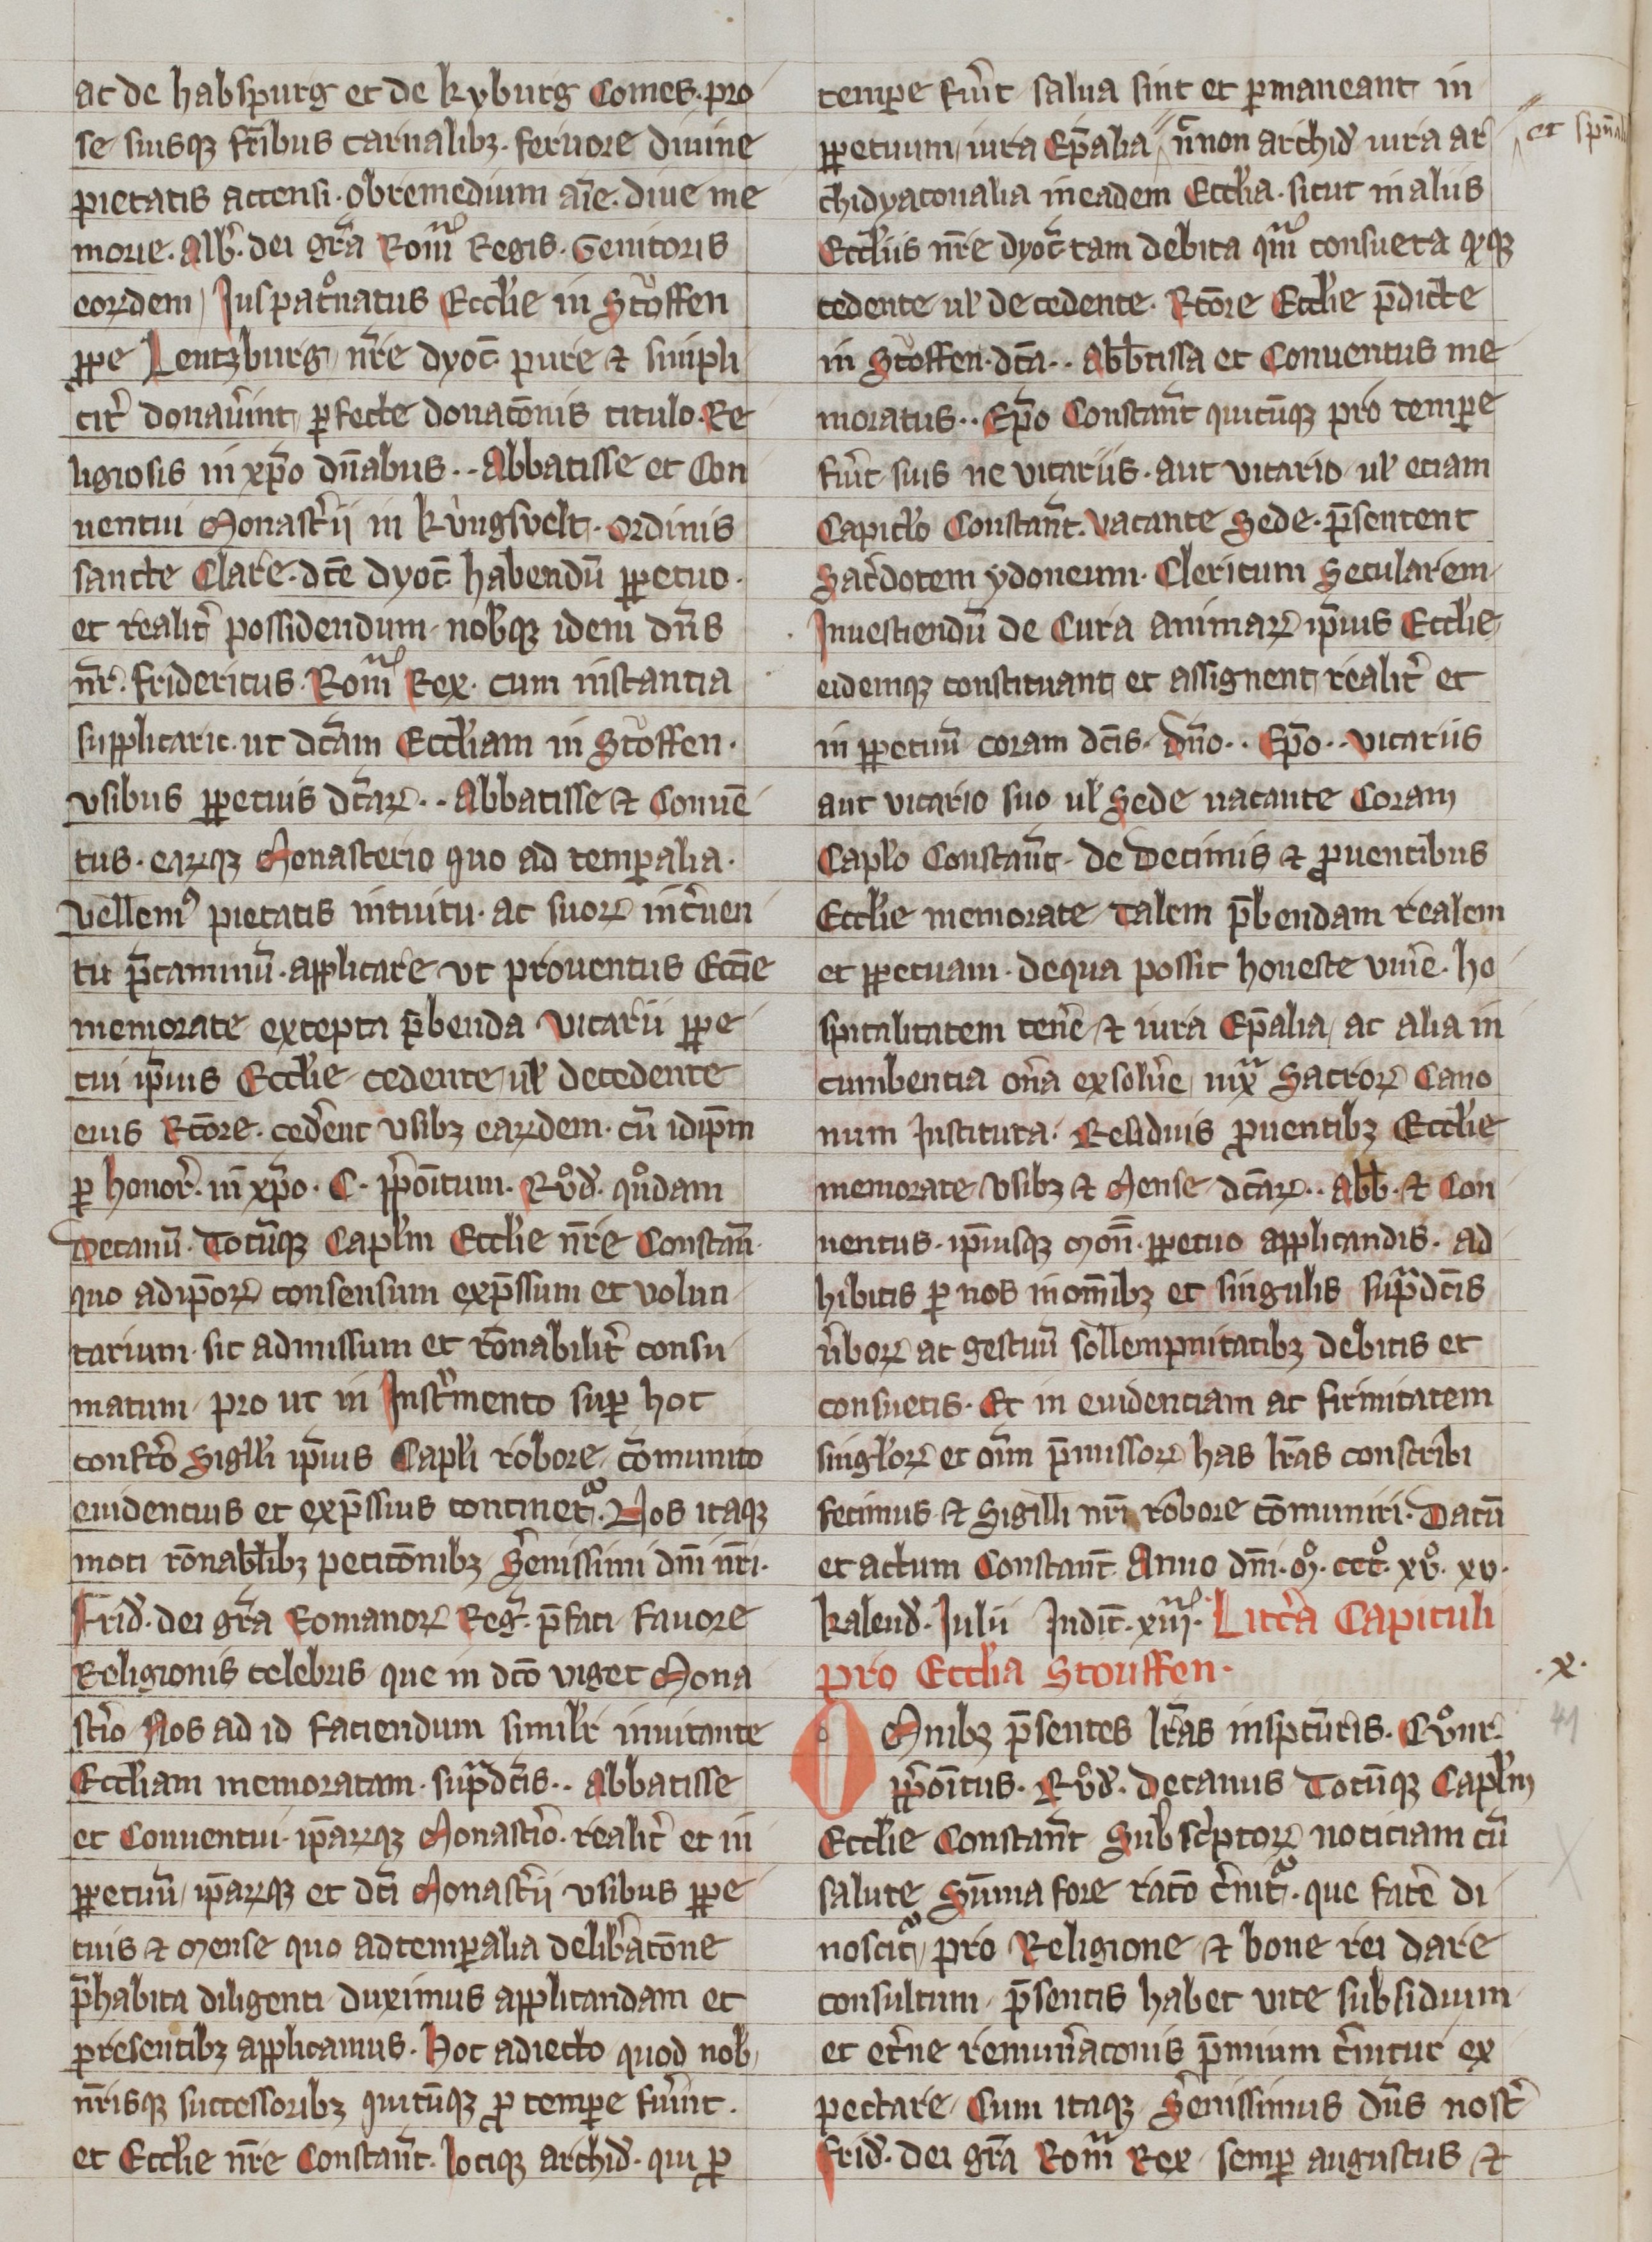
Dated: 1320–1345